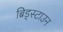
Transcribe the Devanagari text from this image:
ब्रिड्स्टाउन